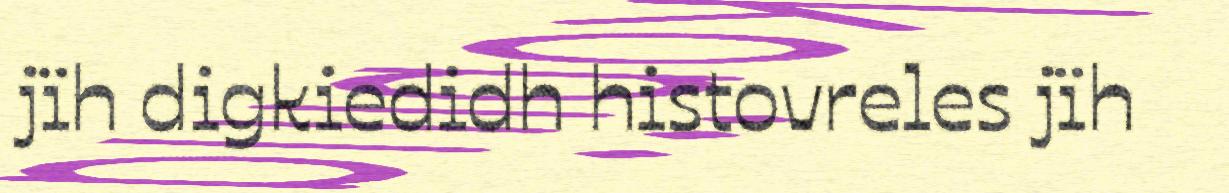
jïh digkiedidh histovreles jïh